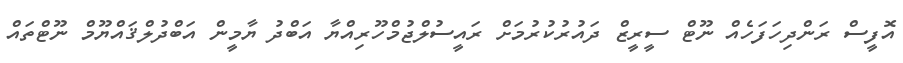
އޮފީސް ރަންދިހަފަހެއް ނޫޓް ސީރީޒް ދައުރުކުރުމަށް ރައީސުލްޖުމްހޫރިއްޔާ އަބްދު ޔާމީން އަބްދުލްޤައްޔޫމް ނޫޓްތައް